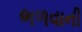
ભળવાની